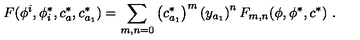
F ( \phi ^ { i } , \phi _ { i } ^ { * } , c _ { a } ^ { * } , c _ { a _ { 1 } } ^ { * } ) = \sum _ { m , n = 0 } \left( c _ { a _ { 1 } } ^ { * } \right) ^ { m } \left( y _ { a _ { 1 } } \right) ^ { n } F _ { m , n } ( \phi , \phi ^ { * } , c ^ { * } ) \ .